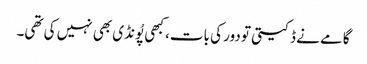
گامے نے ڈکیتی تو دور کی بات، کبھی پُونڈی بھی نہیں کی تھی۔